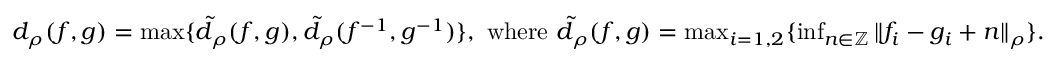
\begin{array} { r } { d _ { \rho } ( f , g ) = \operatorname* { m a x } \{ \tilde { d } _ { \rho } ( f , g ) , \tilde { d } _ { \rho } ( f ^ { - 1 } , g ^ { - 1 } ) \} , \mathrm { ~ w h e r e ~ } \tilde { d } _ { \rho } ( f , g ) = \operatorname* { m a x } _ { i = 1 , 2 } \{ \operatorname* { i n f } _ { n \in \mathbb { Z } } \| f _ { i } - g _ { i } + n \| _ { \rho } \} . } \end{array}